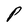
Character: P